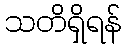
သတိရှိရန်